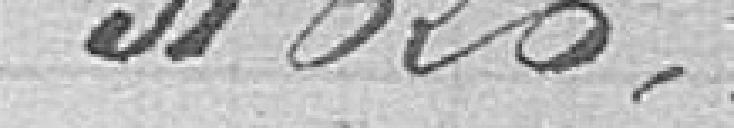
31626,00